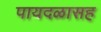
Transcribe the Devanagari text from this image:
पायदळासह